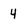
Character: 4